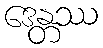
ဒေန္တဿ